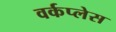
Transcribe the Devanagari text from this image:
वर्कप्लेस